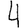
Digit: 4